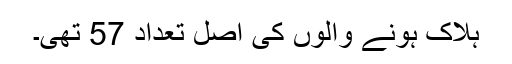
ہلاک ہونے والوں کی اصل تعداد 57 تھی۔